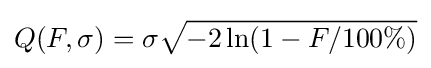
Q(F,\sigma )=\sigma {\sqrt {-2\ln(1-F/100\%)}}